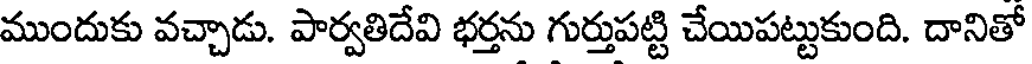
ముందుకు వచ్చాడు. పార్వతిదేవి భర్తను గుర్తుపట్టి చేయిపట్టుకుంది. దానితో